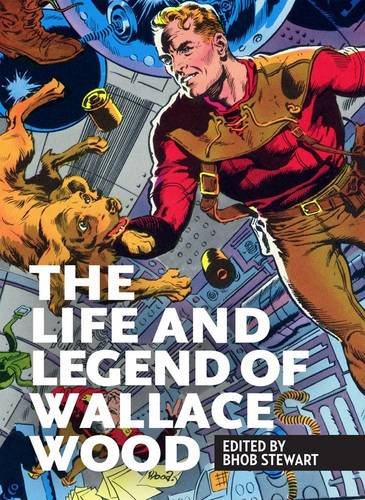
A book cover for The Life and Legend of Wallace Wood; Bhob Stewart; Comics & Graphic Novels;